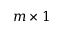
m \times 1